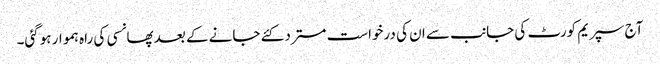
آج سپریم کورٹ کی جانب سے ان کی درخواست مسترد کئے جانے کے بعد پھانسی کی راہ ہموار ہوگئی۔